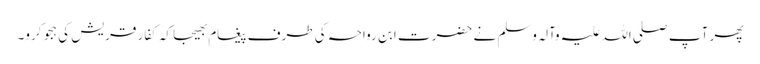
پھر آپ صلی اللہ علیہ وآلہ وسلم نے حضرت ابن رواحہ کی طرف پیغام بھیجا کہ کفار قریش کی ہجو کرو۔